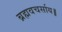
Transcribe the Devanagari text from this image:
ब्रह्मवचर्साय॥